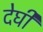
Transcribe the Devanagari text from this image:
देघी